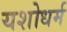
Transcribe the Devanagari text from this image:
यशोधर्म